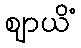
ဈာယိံ